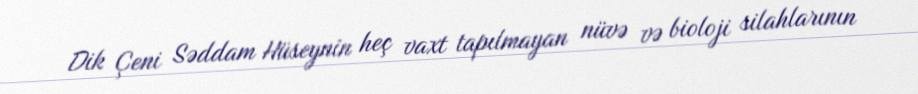
Dik Çeni Səddam Hüseynin heç vaxt tapılmayan nüvə və bioloji silahlarının